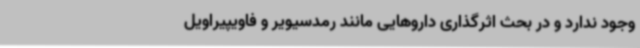
وجود ندارد و در بحث اثرگذاری داروهایی مانند رمدسیویر و فاویپیراویل